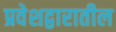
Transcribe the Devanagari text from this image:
प्रवेशद्वारातील